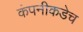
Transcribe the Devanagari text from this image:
कंपनीकडेच